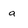
Character: a